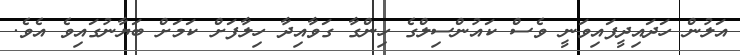
އަލުން ހަދައިދީފައިވަނީ ވެސް ކައުންސިލްގެ ހިންގާ ގަވާއިދާ ހިލާފަށް ކަމަށް ބަޔާނުގައިވެ އެވެ.